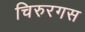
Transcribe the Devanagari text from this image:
चिरुरगस